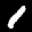
Label: 1